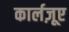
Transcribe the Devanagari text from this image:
कार्लज़ूए